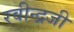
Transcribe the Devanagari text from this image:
रवीन्द्रजी